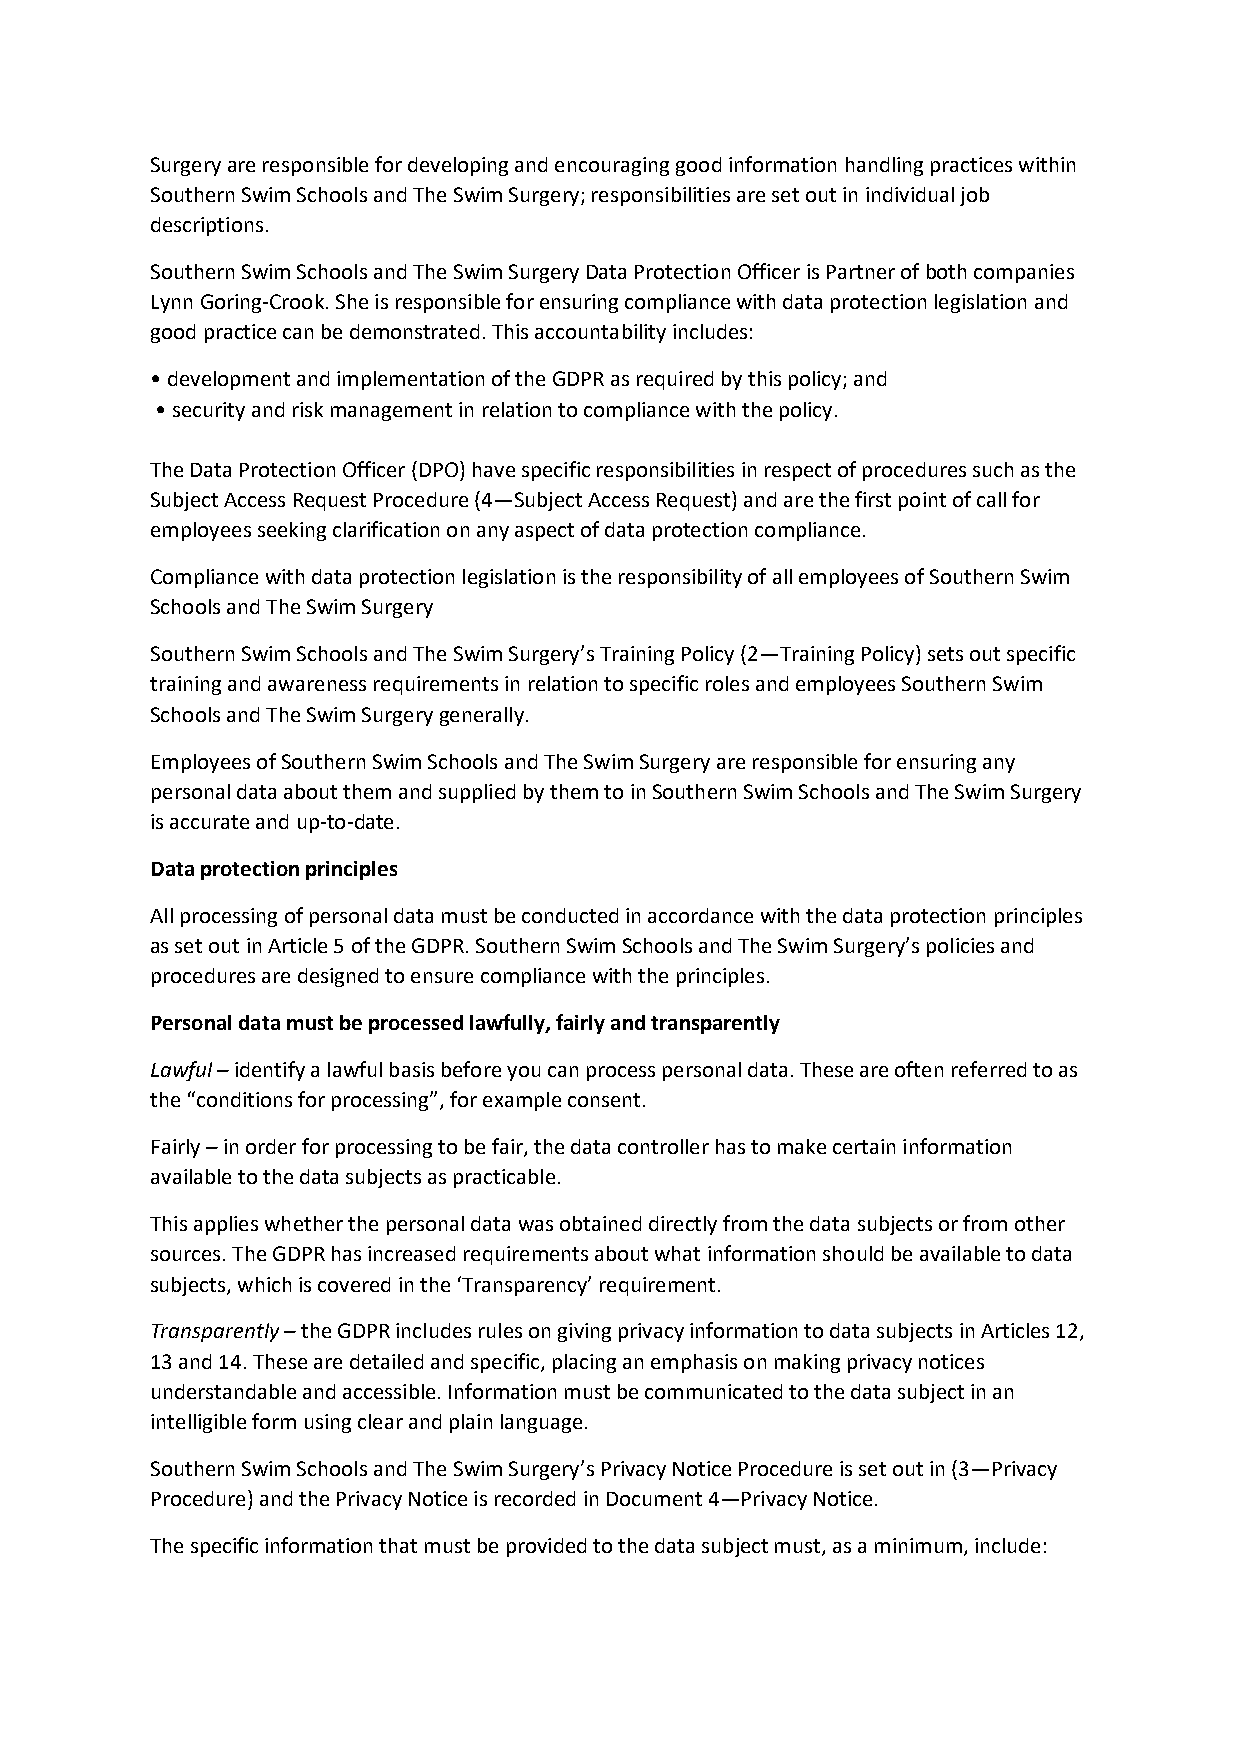
Surgery are responsible for developing and encouraging good information handling practices within
 Southern Swim Schools and The Swim Surgery; responsibilities are set out in individual job
 descriptions.
 Southern Swim Schools and The Swim Surgery Data Protection Officer is Partner of both companies
 Lynn Goring-Crook. She is responsible for ensuring compliance with data protection legislation and
 good practice can be demonstrated. This accountability includes:
 • development and implementation of the GDPR as required by this policy; and
 • security and risk management in relation to compliance with the policy.
 The Data Protection Officer (DPO) have specific responsibilities in respect of procedures such as the
 Subject Access Request Procedure (4—Subject Access Request) and are the first point of call for
 employees seeking clarification on any aspect of data protection compliance.
 Compliance with data protection legislation is the responsibility of all employees of Southern Swim
 Schools and The Swim Surgery
 Southern Swim Schools and The Swim Surgery’s Training Policy (2—Training Policy) sets out specific
 training and awareness requirements in relation to specific roles and employees Southern Swim
 Schools and The Swim Surgery generally.
 Employees of Southern Swim Schools and The Swim Surgery are responsible for ensuring any
 personal data about them and supplied by them to in Southern Swim Schools and The Swim Surgery
 is accurate and up-to-date.
 Data protection principles
 All processing of personal data must be conducted in accordance with the data protection principles
 as set out in Article 5 of the GDPR. Southern Swim Schools and The Swim Surgery’s policies and
 procedures are designed to ensure compliance with the principles.
 Personal data must be processed lawfully, fairly and transparently
 Lawful – identify a lawful basis before you can process personal data. These are often referred to as
 the “conditions for processing”, for example consent.
 Fairly – in order for processing to be fair, the data controller has to make certain information
 available to the data subjects as practicable.
 This applies whether the personal data was obtained directly from the data subjects or from other
 sources. The GDPR has increased requirements about what information should be available to data
 subjects, which is covered in the ‘Transparency’ requirement.
 Transparently – the GDPR includes rules on giving privacy information to data subjects in Articles 12,
 13 and 14. These are detailed and specific, placing an emphasis on making privacy notices
 understandable and accessible. Information must be communicated to the data subject in an
 intelligible form using clear and plain language.
 Southern Swim Schools and The Swim Surgery’s Privacy Notice Procedure is set out in (3—Privacy
 Procedure) and the Privacy Notice is recorded in Document 4—Privacy Notice.
 The specific information that must be provided to the data subject must, as a minimum, include: